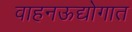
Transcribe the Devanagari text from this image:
वाहनऊद्योगात